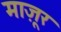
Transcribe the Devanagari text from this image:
माज़ूर